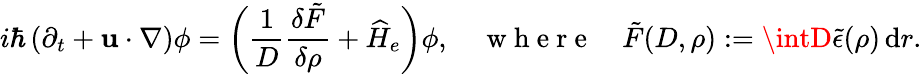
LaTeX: i\hbar\left(\partial_{t}+\mathbf{u}\cdot\nabla\right)\phi=\bigg(\frac{{1}}{{D}}\frac{{\delta\tilde{{F}}}}{{\delta\rho}}+\widehat{H}_{e}\bigg)\phi,\quad\mathrm{{~w~h~e~r~e~}}\quad\tilde{{F}}(D,\rho):=\intD\tilde{{\epsilon}}(\rho)\, \mathrm{{d}}r.